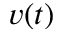
v ( t )